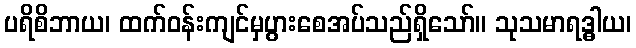
ပရိစိဘာယ၊ ထက်ဝန်းကျင်မှပွားစေအပ်သည်ရှိသော်။ သုသမာရဒ္ဓါယ၊